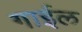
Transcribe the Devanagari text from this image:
गाईल